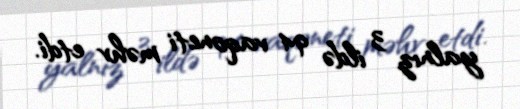
yalnız 3 ildə 94 vaqoneti məhv etdi.